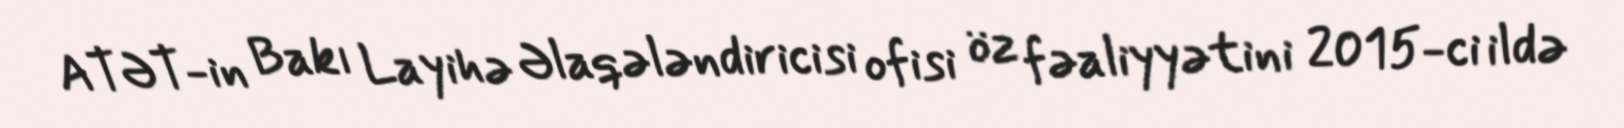
ATƏT-in Bakı Layihə Əlaqələndiricisi ofisi öz fəaliyyətini 2015-ci ildə